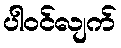
ပါဝင်လျက်